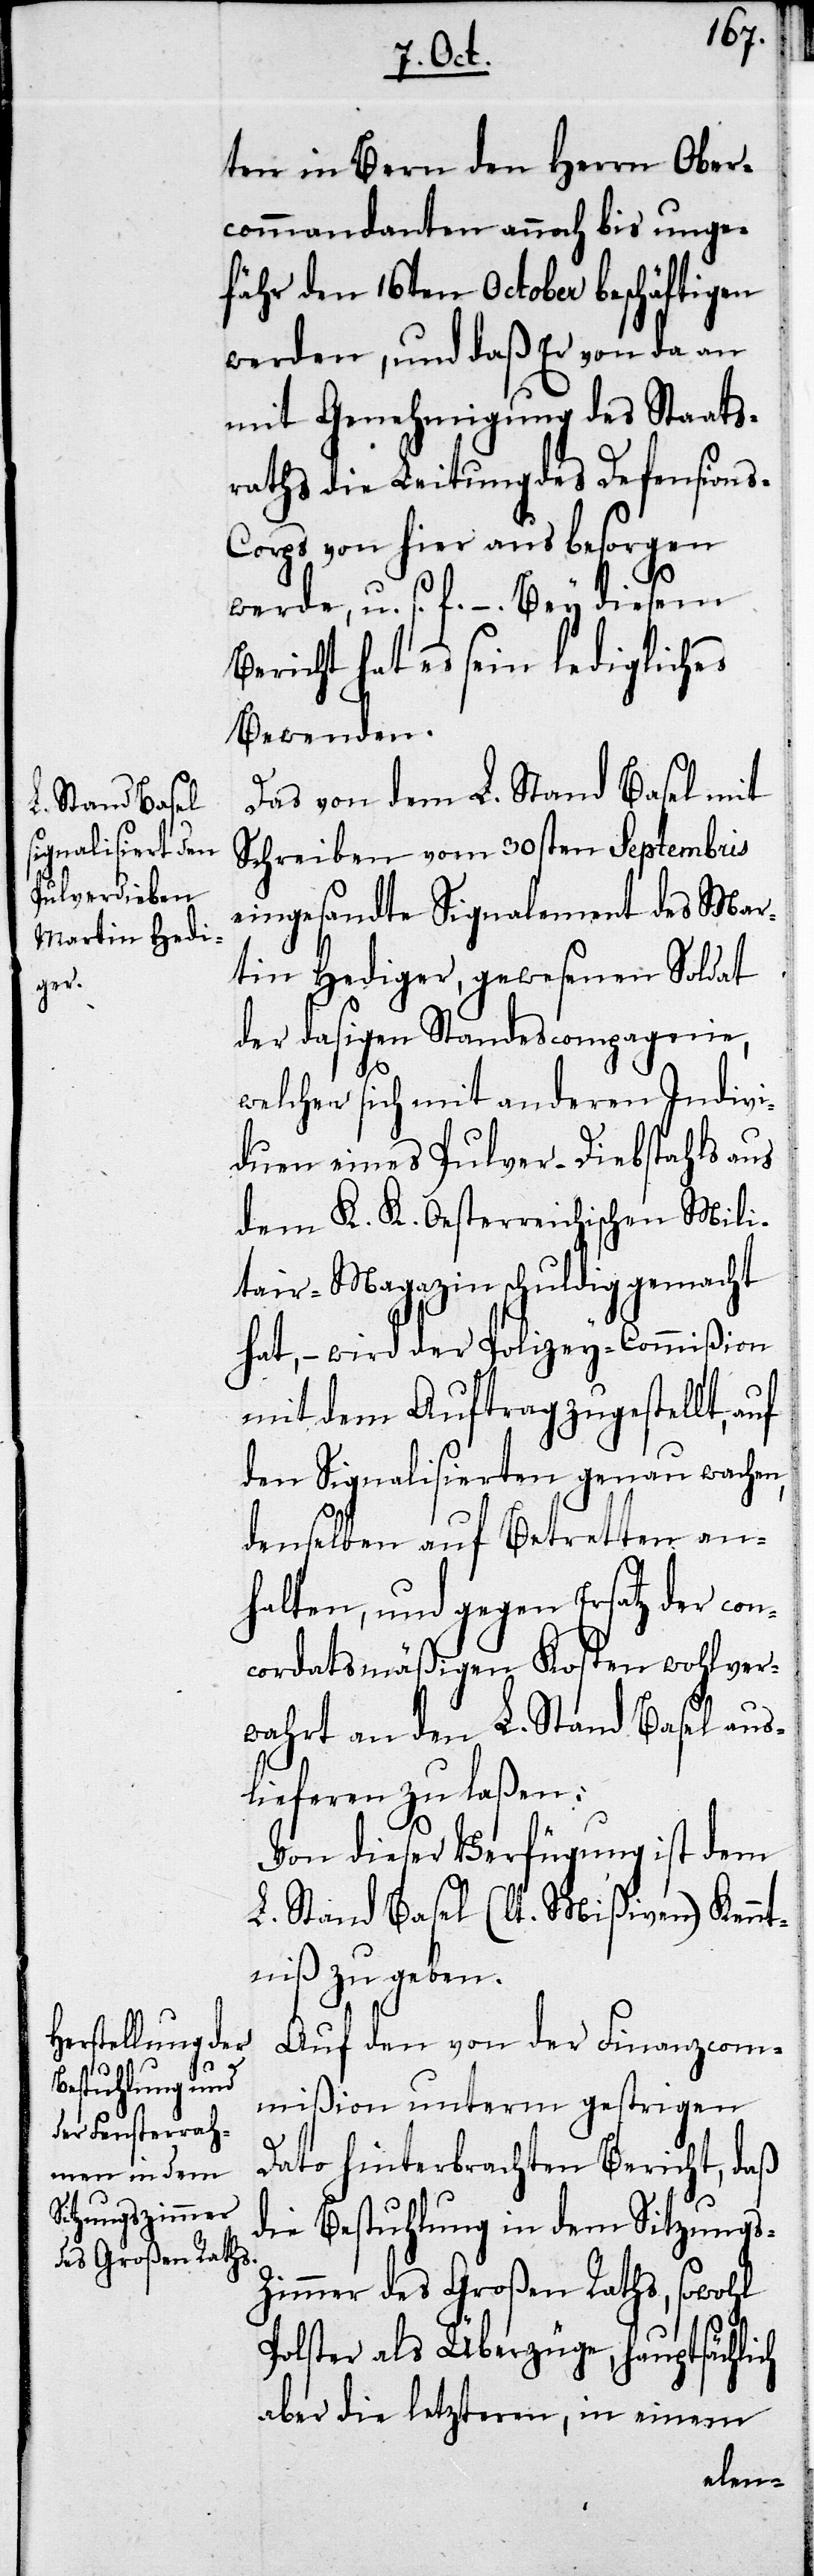
ten in Bern den Herrn Ober¬
commandanten annoch bis unge¬
fähr den 16ten October beschäftigen
werden, und daß Er von da an
mit Genehmigung des Staats¬
raths die Leitung des Defension¬
s-Corps von hier aus besorgen
werde, u.s.f. – Bey diesem
Bericht hat es sein ledigliches
Bewenden.
Das von dem L. Stand Basel mit
Schreiben vom 30sten Septembris
eingesandte Signalement des Mar¬
tin Hediger, gewesenen Soldat
der dasigen Standescompagnie,
welcher sich mit anderen Indivi¬
duen eines Pulver-Diebstahls aus
dem K. K. Oesterreichischen Mili¬
tair-Magazin schuldig gemacht
hat, – wird der Polizey-Commißion
mit dem Auftrag zugestellt, auf
den Signalisierten genau wachen,
denselben auf Betretten an¬
halten, und gegen Ersatz der con¬
cordatsmäßigen Kosten wohlver¬
wahrt an den L. Stand Basel aus¬
lieferen zu laßen.
Von dieser Verfügung ist dem
L: Stand Basel (lt. Mißiven) Kennt¬
niß zu geben.
Auf den von der Finanzcom¬
mißion unterm gestrigen
Dato hinterbrachten Bericht, daß
die Bestuhlung in dem Sitzungs-Z¬
immer des Großen Raths, sowohl
Polster als Überzüge, hauptsächlich
aber die letzteren, in einem